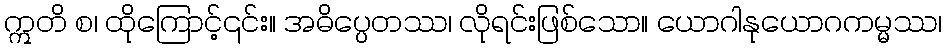
ဣတိ စ၊ ထိုကြောင့်၎င်း။ အဓိပ္ပေတဿ၊ လိုရင်းဖြစ်သော။ ယောဂါနုယောဂကမ္မဿ၊